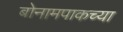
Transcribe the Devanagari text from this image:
बोनामपाकच्या